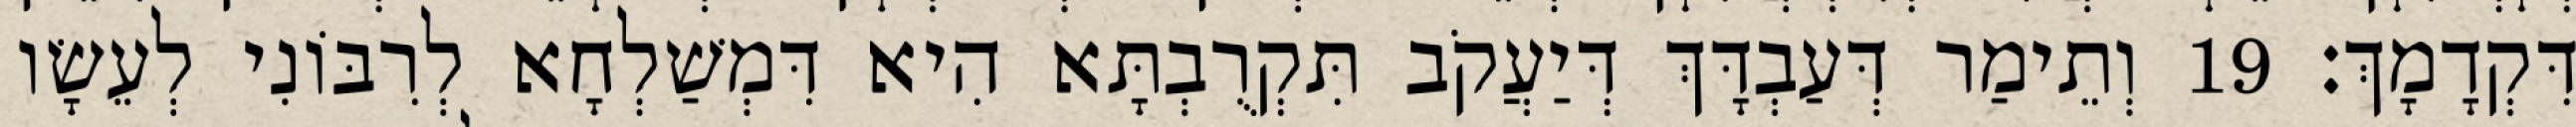
דִּקְדָמָךְ׃ 19 וְתֵימַר דְּעַבְדָּךְ דְּיַעֲקֹב תִּקְרֻבְתָּא הִיא דִּמְשַׁלְחָא לְרִבּוֹנִי לְעֵשָׂו